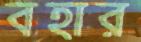
বহার